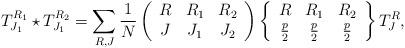
LaTeX: \begin{align*}T^{R_1}_{J_1} \star T^{R_2}_{J_1} = \sum_{R, J} \frac{1}{N}\left ( \begin{array}{ccc}R & R_1 & R_2 \\J & J_1 & J_2\end{array} \right ) \left \{ \begin{array}{ccc}R & R_1 & R_2 \\\frac{p}{2} & \frac{p}{2} & \frac{p}{2}\end{array} \right \} T^R_J,\end{align*}